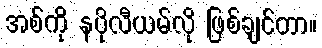
အစ်ကို နပိုလီယမ်လို ဖြစ်ချင်တာ။